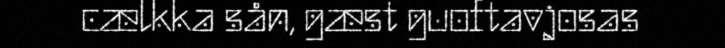
cælkka sån, gæst guoftavjosas